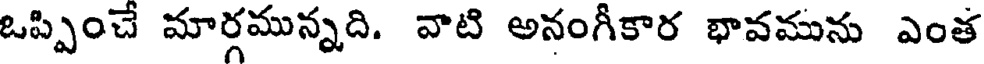
ఒప్పించే మార్గమున్నది. వాటి అనంగీకార భావమును ఎంత